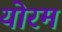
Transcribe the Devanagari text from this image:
योरम